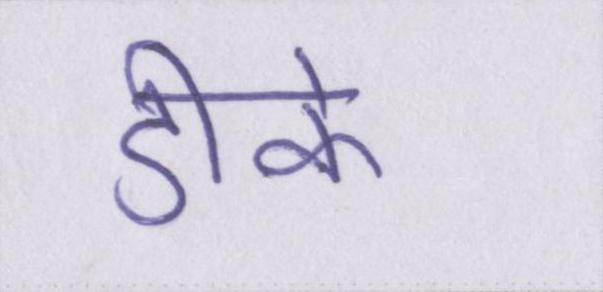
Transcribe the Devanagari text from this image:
डीके